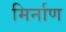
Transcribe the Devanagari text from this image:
मिर्नाण